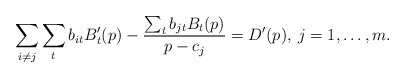
\begin{align*}\sum_{i\ne j}\sum_{t}b_{it}B_{t}'(p)-\frac{\sum_{t}b_{jt}B_{t}(p)}{p-c_{j}}=D'(p),\: j=1,\dots,m.\end{align*}